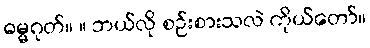
ဓမ္မဂုတ်။ ။ ဘယ်လို စဉ်းစားသလဲ ကိုယ်တော်။